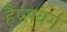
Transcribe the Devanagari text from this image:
हैप्सवर्ग